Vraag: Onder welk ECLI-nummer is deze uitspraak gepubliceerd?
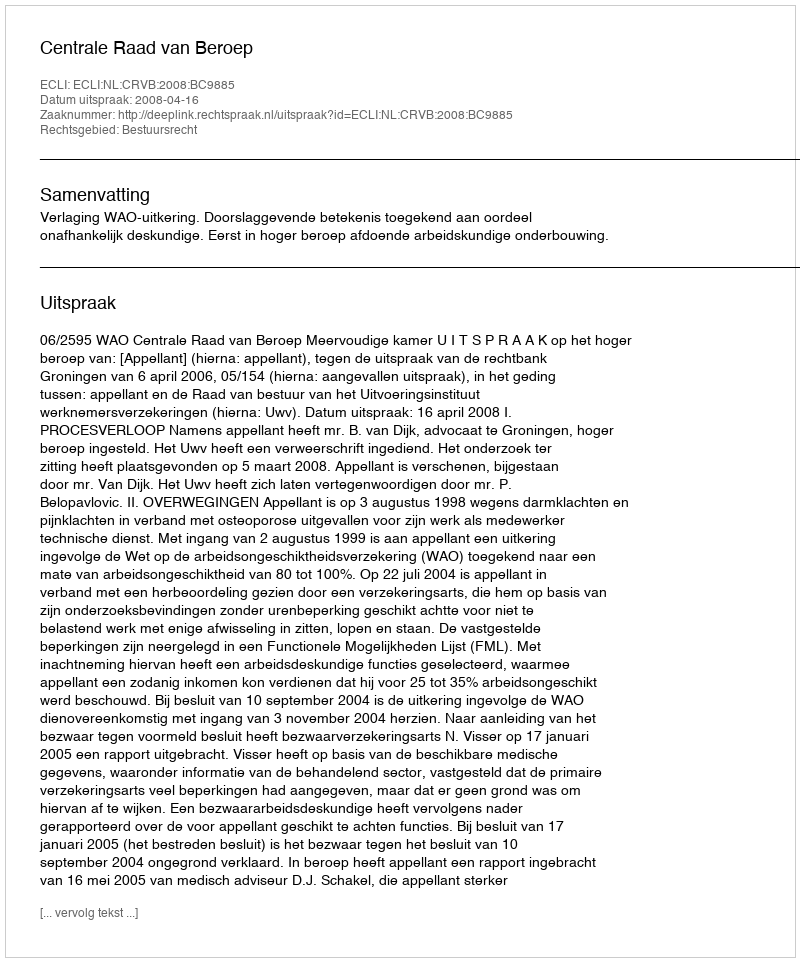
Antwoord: ECLI:NL:CRVB:2008:BC9885